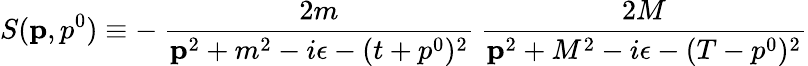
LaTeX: S({\mathbf p},p^{0})\equiv-\: \frac{2m}{{\mathbf p}^{2}+m^{2}-i\epsilon-(t+p^{0})^{2}}\: \frac{2M}{{\mathbf p}^{2}+M^{2}-i\epsilon-(T-p^{0})^{2}}